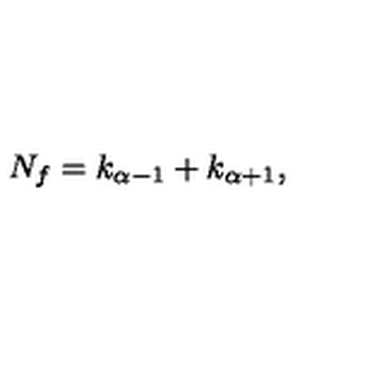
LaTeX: N _ { f } = k _ { \alpha - 1 } + k _ { \alpha + 1 } ,